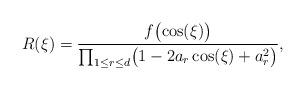
LaTeX: \begin{align*}R(\xi ) = \frac{f\bigl(\cos (\xi)\bigr)}{\prod_{1\leq r\leq d} \bigl(1-2 a_r\cos (\xi )+ a_r^2\bigr)} ,\end{align*}